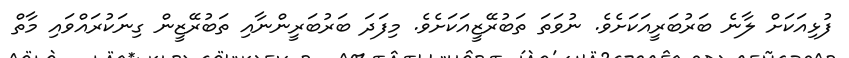
ފުޅިއަކަށް ލާނެ ބަރުބަރީއަކަށެވެ. ނުވަތަ ތަބުރޭޒީއަކަށެވެ. މިފަދަ ބަރުބަރީންނާއި ތަބުރޭޒީން ގިނަކުރައްވައި މާތް